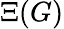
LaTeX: \Xi(G)